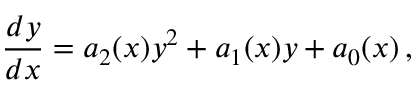
\frac { d y } { d x } = a _ { 2 } ( x ) y ^ { 2 } + a _ { 1 } ( x ) y + a _ { 0 } ( x ) \, ,